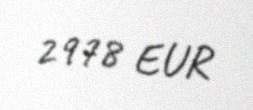
2978 EUR